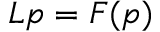
L { p } = F ( p )